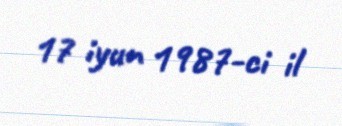
17 iyun 1987-ci il